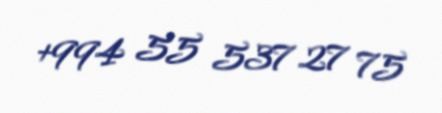
+994 55 537 27 75